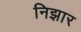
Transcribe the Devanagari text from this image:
निझार